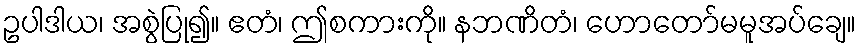
ဥပါဒါယ၊ အစွဲပြု၍။ ဧတံ၊ ဤစကားကို။ နဘဏိတံ၊ ဟောတော်မမူအပ်ချေ။